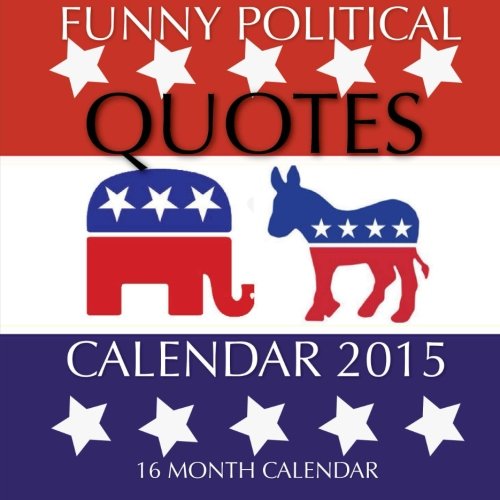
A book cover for Funny Political Quotes Calendar 2015: 16 Month Calendar; James Bates; Calendars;